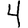
Digit: 4